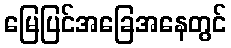
မြေပြင်အခြေအနေတွင်